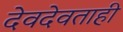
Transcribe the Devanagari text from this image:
देवदेवताही